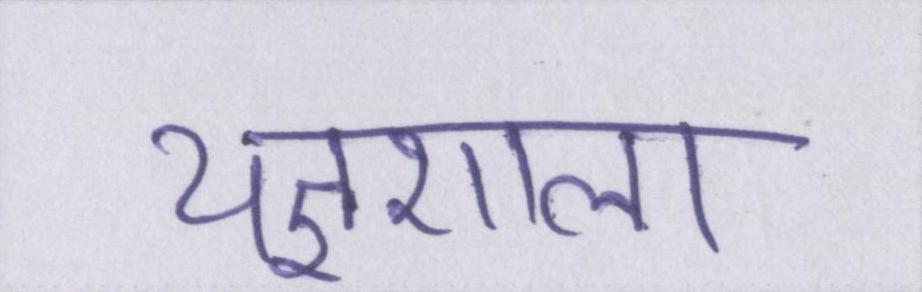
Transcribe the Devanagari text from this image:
यज्ञशाला